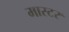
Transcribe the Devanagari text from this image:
मास्टर